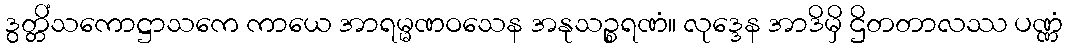
ဒွတ္တိံသကောဋ္ဌာသကေ ကာယေ အာရမ္မဏဝသေန အနုသဉ္စရဏံ။ လုဒ္ဒေန အာဒိမှိ ဌိတတာလဿ ပဏ္ဏံ